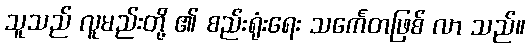
သူသည် လူမည်းတို့ ၏ စည်းရုံးရေး သင်္ကေတဖြစ် လာ သည်။